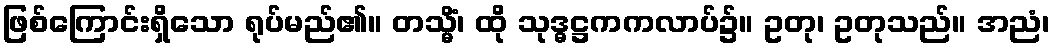
ဖြစ်ကြောင်းရှိသော ရုပ်မည်၏။ တသ္မိံ၊ ထို သုဒ္ဓဋ္ဌကကလာပ်၌။ ဥတု၊ ဥတုသည်။ အညံ၊